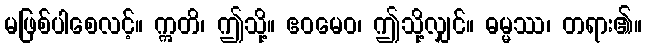
မဖြစ်ပါစေလင့်။ ဣတိ၊ ဤသို့။ ဧဝမေဝ၊ ဤသို့လျှင်။ ဓမ္မဿ၊ တရား၏။